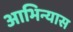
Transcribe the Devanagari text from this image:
आभिन्यास